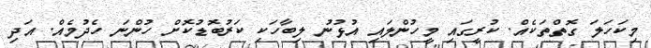
މިކަހަލަ ގޮތްތަކެއް. ކުރީގައި މީހުންލައި އުޅުނު ލިބާހަކި ކަރުބޮޑުކޮށް ހުންނަ ހެދުމެއް. އަދި